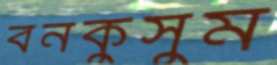
বনকুসুম